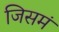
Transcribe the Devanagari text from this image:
जिसमं